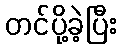
တင်ပို့ခဲ့ပြီး